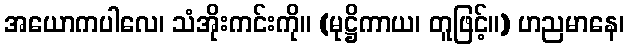
အယောကပါလေ၊ သံအိုးကင်းကို။ (မုဋ္ဌိကာယ၊ တူဖြင့်။) ဟညမာနေ၊